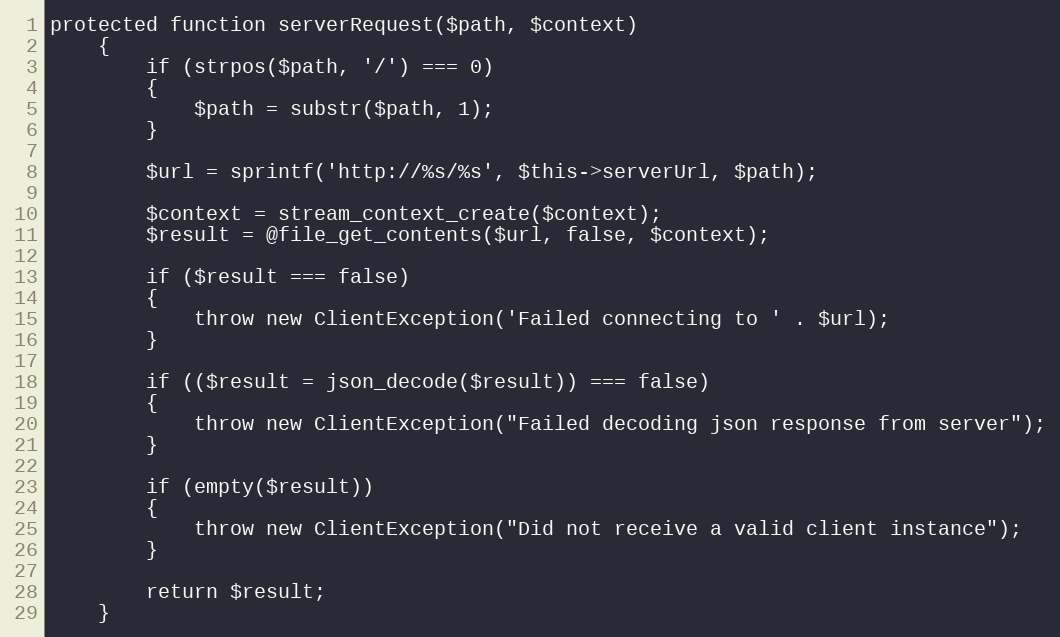
Language: PHP
protected function serverRequest($path, $context)
	{
		if (strpos($path, '/') === 0)
		{
			$path = substr($path, 1);
		}

		$url = sprintf('http://%s/%s', $this->serverUrl, $path);

		$context = stream_context_create($context);
		$result = @file_get_contents($url, false, $context);

		if ($result === false)
		{
			throw new ClientException('Failed connecting to ' . $url);
		}

		if (($result = json_decode($result)) === false)
		{
			throw new ClientException("Failed decoding json response from server");
		}

		if (empty($result))
		{
			throw new ClientException("Did not receive a valid client instance");
		}

		return $result;
	}